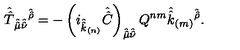
\hat { \hat { T } } _ { \hat { \hat { \mu } } \hat { \hat { \nu } } } { } ^ { \hat { \hat { \rho } } } = - \left( i _ { \hat { \hat { k } } _ { ( n ) } } \hat { \hat { C } } \right) _ { \hat { \hat { \mu } } \hat { \hat { \nu } } } Q ^ { n m } \hat { \hat { k } } _ { ( m ) } { } ^ { \hat { \hat { \rho } } } .